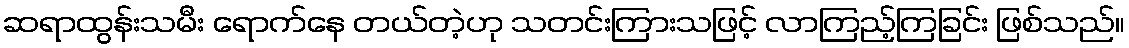
ဆရာထွန်းသမီး ရောက်နေ တယ်တဲ့ဟု သတင်းကြားသဖြင့် လာကြည့်ကြခြင်း ဖြစ်သည်။